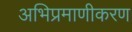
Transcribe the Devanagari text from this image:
अभिप्रमाणीकरण